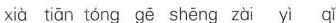
xià tián tōng gē shēng zài yī qǐ